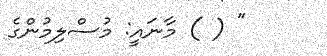
" ( ) މާނައީ: މުސްލިމުންގެ